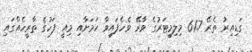
ގަޑިއިރު ތެރޭ 61.7 މިލިމީޓަރުގެ ވާރޭ ވެހެފައިވާ ކަމަށާއި މިއީ ފަހުގެ ތާރީހެއްގައި